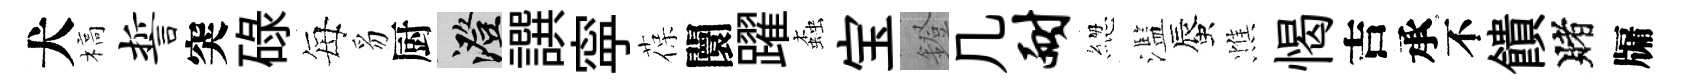
犬槁誓突碌每豸厨澄譔寜葆闤躍螙宝鐙几耐緫濫蜃憔愒吉承不饋賭牖